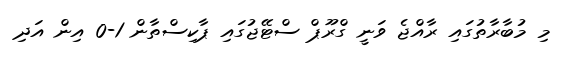
މި މުބާރާތުގައި ރާއްޖެ ވަނީ ގްރޫޕް ސްޓޭޖުގައި ޕާކިސްތާން 1-0 އިން އަދި